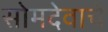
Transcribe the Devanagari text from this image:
सोमदेवाचे